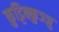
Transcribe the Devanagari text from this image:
कुट्टिक्कुञ्ञु